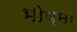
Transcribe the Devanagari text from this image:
भीष्मः